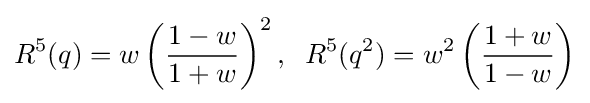
R^{5}(q)=w\left({\frac {1-w}{1+w}}\right)^{2},\;\;R^{5}(q^{2})=w^{2}\left({\frac {1+w}{1-w}}\right)